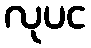
လုပင